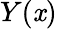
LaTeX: Y(\mathit{x})